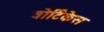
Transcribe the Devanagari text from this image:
वोर्टिकेस